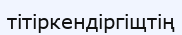
тітіркендіргіщтің